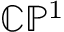
\mathbb { C P } ^ { 1 }